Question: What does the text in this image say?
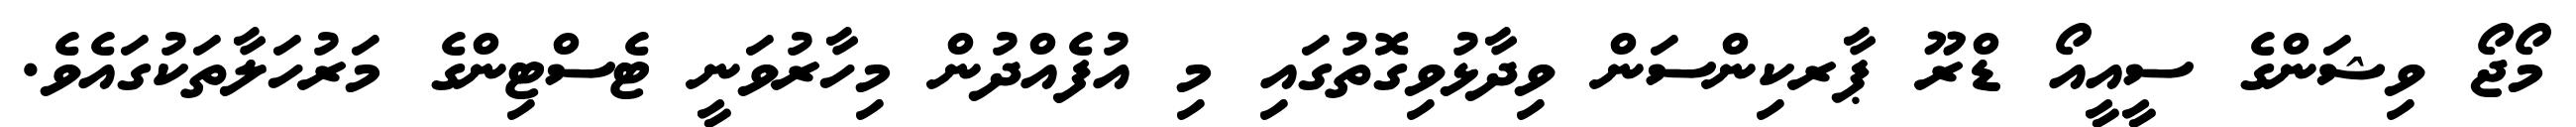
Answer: މޯޖޯ ވިޝަންގެ ސީއީއޯ ޑްރޫ ޕާރކިންސަން ވިދާޅުވިގޮތުގައި މި އުފެއްދުން މިހާރުވަނީ ޓެސްޓިންގެ މަރުހަލާތަކުގައެވެ.